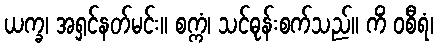
ယက္ခ၊ အရှင်နတ်မင်း။ စက္ကံ၊ သင်ဓုန်းစက်သည်။ ကိံ ဝစီရံ၊